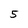
Character: 5